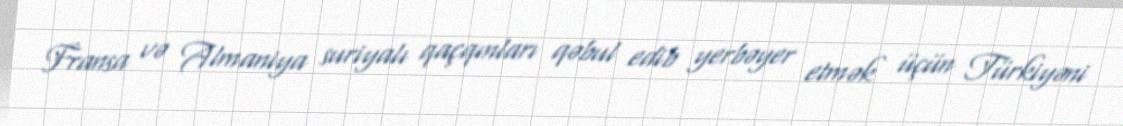
Fransa və Almaniya suriyalı qaçqınları qəbul edib yerbəyer etmək üçün Türkiyəni